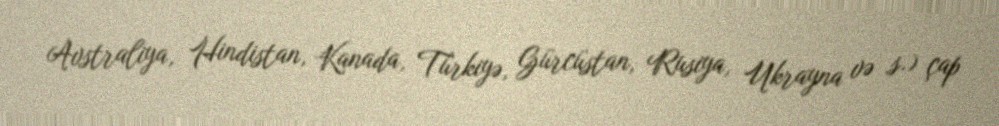
Avstraliya, Hindistan, Kanada, Türkiyə, Gürcüstan, Rusiya, Ukrayna və s.) çap